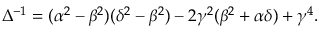
\Delta ^ { - 1 } = ( \alpha ^ { 2 } - \beta ^ { 2 } ) ( \delta ^ { 2 } - \beta ^ { 2 } ) - 2 \gamma ^ { 2 } ( \beta ^ { 2 } + \alpha \delta ) + \gamma ^ { 4 } .